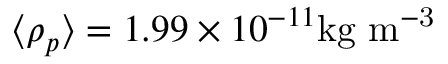
\langle \rho _ { p } \rangle = 1 . 9 9 \times 1 0 ^ { - 1 1 } \mathrm { k g \ m ^ { - 3 } }